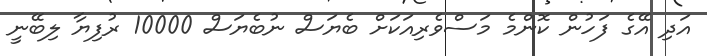
އަދި އޭގެ ފަހުން ކޮންމެ މަސްވެރިއަކަށް ބެޔަސް ނުބެޔަސް 10000 ރުފިޔާ ލިބޭނީ